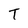
Character: T